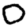
Digit: 0